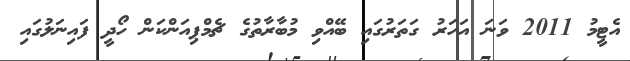
އެޓީމު 2011 ވަނަ އަހަރު ގަތަރުގައި ބޭއްވި މުބާރާތުގެ ޗެމްޕިއަންކަން ހޯދީ ފައިނަލުގައި